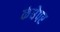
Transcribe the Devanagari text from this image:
कंधेपर